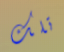
تلك